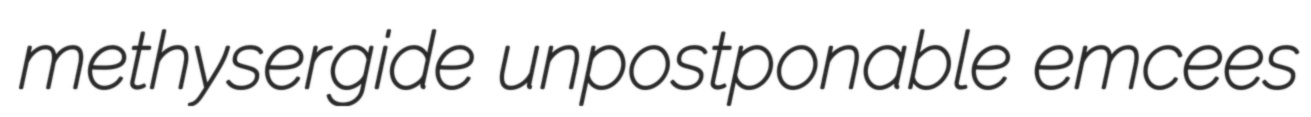
methysergide unpostponable emcees